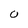
Character: O